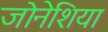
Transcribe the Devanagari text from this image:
जोनेशिया